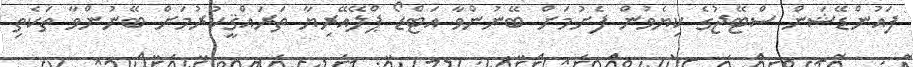
ފައުންޑޭޝަން ސްޓޭޖުގެ ކިޔެވުން ފެށުމަށް ބޭނުންވާ އަޓްޑޯ ޕްލޭއޭރިޔާ ތަރައްޤީކުރުމަށް ބޭނުންވާ ތަކެތި